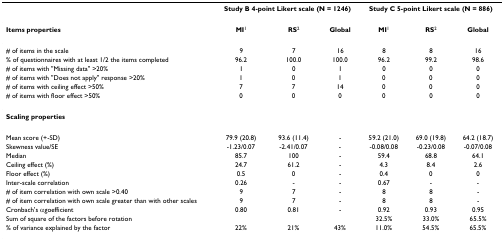
<table><thead><tr><td></td><td colspan="3"><b>Study B 4-point Likert scale (N = 1246)</b></td><td colspan="3"><b>Study C 5-point Likert scale (N = 886)</b></td></tr></thead><tbody><tr><td><b>Items properties</b></td><td><b>MI</b><sup>1</sup></td><td><b>RS</b><sup>2</sup></td><td><b>Global</b></td><td><b>MI</b><sup>1</sup></td><td><b>RS</b><sup>2</sup></td><td><b>Global</b></td></tr><tr><td># of items in the scale</td><td>9</td><td>7</td><td>16</td><td>8</td><td>8</td><td>16</td></tr><tr><td>% of questionnaires with at least 1/2 the items completed</td><td>96.2</td><td>100.0</td><td>100.0</td><td>96.2</td><td>99.2</td><td>98.6</td></tr><tr><td># of items with &quot;Missing data&quot; &gt;20%</td><td>1</td><td>0</td><td>1</td><td>0</td><td>0</td><td>0</td></tr><tr><td># of items with &quot;Does not apply&quot; response &gt;20%</td><td>1</td><td>0</td><td>1</td><td>0</td><td>0</td><td>0</td></tr><tr><td># of items with ceiling effect &gt;50%</td><td>7</td><td>7</td><td>14</td><td>0</td><td>0</td><td>0</td></tr><tr><td># of items with floor effect &gt;50%</td><td>0</td><td>0</td><td>0</td><td>0</td><td>0</td><td>0</td></tr><tr><td><b>Scaling properties</b></td><td></td><td></td><td></td><td></td><td></td><td></td></tr><tr><td>Mean score (+-SD)</td><td>79.9 (20.8)</td><td>93.6 (11.4)</td><td>-</td><td>59.2 (21.0)</td><td>69.0 (19.8)</td><td>64.2 (18.7)</td></tr><tr><td>Skewness value/SE</td><td>-1.23/0.07</td><td>-2.41/0.07</td><td>-</td><td>-0.08/0.08</td><td>-0.23/0.08</td><td>-0.07/0.08</td></tr><tr><td>Median</td><td>85.7</td><td>100</td><td>-</td><td>59.4</td><td>68.8</td><td>64.1</td></tr><tr><td>Ceiling effect (%)</td><td>24.7</td><td>61.2</td><td>-</td><td>4.3</td><td>8.4</td><td>2.6</td></tr><tr><td>Floor effect (%)</td><td>0.5</td><td>0</td><td>-</td><td>0.4</td><td>0</td><td>0</td></tr><tr><td>Inter-scale correlation</td><td>0.26</td><td>-</td><td>-</td><td>0.67</td><td>-</td><td>-</td></tr><tr><td># of item correlation with own scale &gt;0.40</td><td>9</td><td>7</td><td>-</td><td>8</td><td>8</td><td>-</td></tr><tr><td># of item correlation with own scale greater than with other scales</td><td>9</td><td>7</td><td>-</td><td>8</td><td>8</td><td>-</td></tr><tr><td>Cronbach&#x27;s αgoefficient</td><td>0.80</td><td>0.81</td><td>-</td><td>0.92</td><td>0.93</td><td>0.95</td></tr><tr><td>Sum of square of the factors before rotation</td><td></td><td></td><td></td><td>32.5%</td><td>33.0%</td><td>65.5%</td></tr><tr><td>% of variance explained by the factor</td><td>22%</td><td>21%</td><td>43%</td><td>11.0%</td><td>54.5%</td><td>65.5%</td></tr></tbody></table>